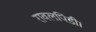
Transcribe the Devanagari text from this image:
रावलपिंडी।